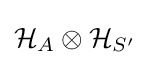
{\mathcal {H}}_{A}\otimes {\mathcal {H}}_{S'}